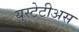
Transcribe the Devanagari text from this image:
युस्टेटीअस